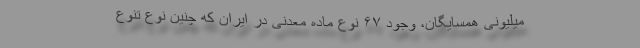
میلیونی همسایگان، وجود ۶۷ نوع ماده معدنی در ایران که چنین نوع تنوع